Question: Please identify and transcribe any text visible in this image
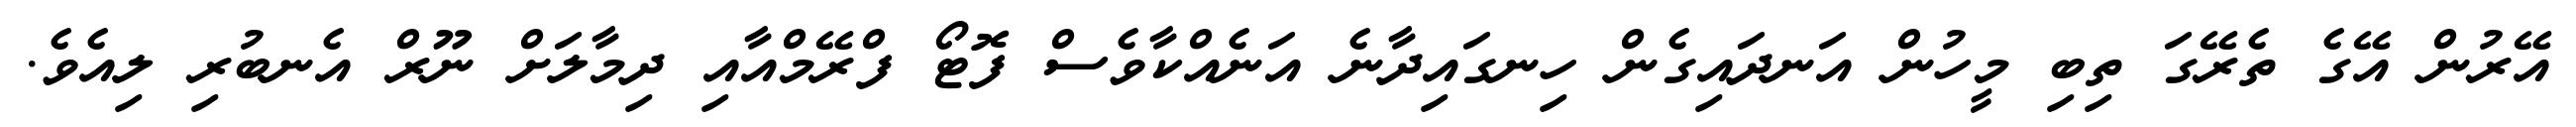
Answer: އޭރުން އޭގެ ތެރޭގަ ތިބި މީހުން އަނދައިގެން ހިނގައިދާނެ އަނެއްކާވެސް ފޮޓޯ ފްރޭމްއާއި ދިމާލަށް ނޫރް އެނބުރި ލިއެވެ.